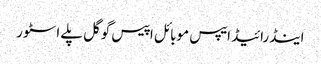
اینڈرائیڈ ایپس موبائل اپیس گوگل پلے اسٹور